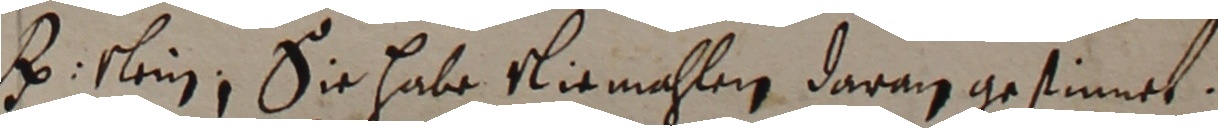
H slein, sie habe niemahlen daran gesinnet.